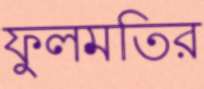
ফুলমতির